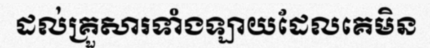
ដល់គ្រួសារទាំងឡាយដែលគេមិន